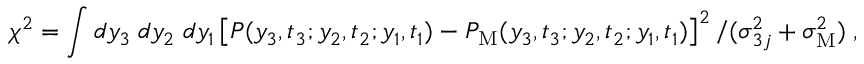
\chi ^ { 2 } = \int d y _ { 3 } \; d y _ { 2 } \; d y _ { 1 } \left[ P ( y _ { 3 } , t _ { 3 } ; y _ { 2 } , t _ { 2 } ; y _ { 1 } , t _ { 1 } ) - P _ { \mathrm { M } } ( y _ { 3 } , t _ { 3 } ; y _ { 2 } , t _ { 2 } ; y _ { 1 } , t _ { 1 } ) \right] ^ { 2 } / ( \sigma _ { 3 j } ^ { 2 } + \sigma _ { \mathrm { M } } ^ { 2 } ) \; ,